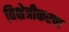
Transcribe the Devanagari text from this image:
विक्षेत्रीकरण